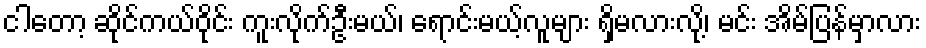
ငါတော့ ဆိုင်ကယ်ဝိုင်း ကူးလိုက်ဦးမယ်၊ ရောင်းမယ့်လူများ ရှိမလားလို့၊ မင်း အိမ်ပြန်မှာလား